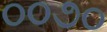
૦૦૭૦